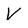
Character: V